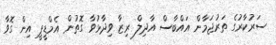
ސަރުކާރުގެ ތަރުޖަމާން އައްބާސް އާދިލް ރިޒާ ވިދާޅުވާ ގޮތުން އެމްޑީޕީ އިން ގޮވާ